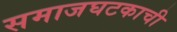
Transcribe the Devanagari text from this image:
समाजघटकाची